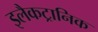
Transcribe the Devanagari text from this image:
इलैकट्रानिक